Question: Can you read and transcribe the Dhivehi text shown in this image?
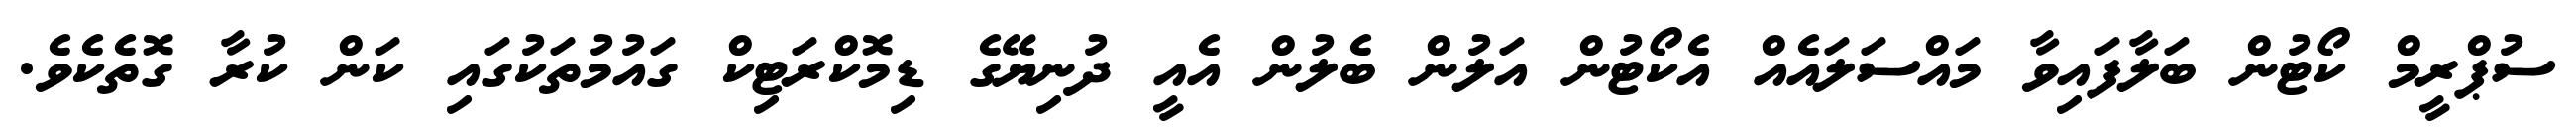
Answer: ސުޕްރީމް ކޯޓުން ބަލާފައިވާ މައްސަލައެއް އެކޯޓުން އަލުން ބެލުން އެއީ ދުނިޔޭގެ ޑިމޮކްރަޓިކް ގައުމުތަކުގައި ކަން ކުރާ ގޮތެކެވެ.